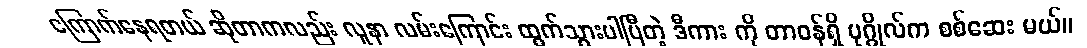
ကြောက်နေရတယ် ဆိုတာကလည်း လူနာ လမ်းကြောင်း ထွက်သွားပါပြီတဲ့ ဒီကား ကို တာဝန်ရှိ ပုဂ္ဂိုလ်က စစ်ဆေး မယ်။